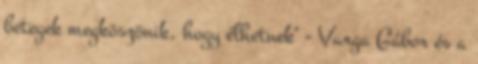
betegek megköszönik, hogy élhetnek" - Varga Gábor és a